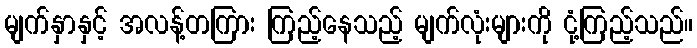
မျက်နှာနှင့် အလန့်တကြား ကြည့်နေသည့် မျက်လုံးများကို ငုံ့ကြည့်သည်။